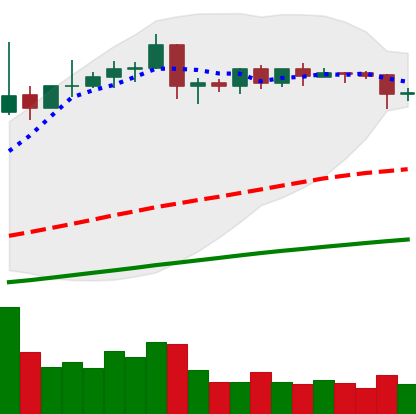
Ticker: EOS-USD
Chart end date: 2019-04-22
Forward return: -10.266%
Label: down_7plus